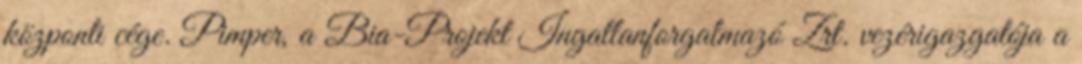
központi cége. Pimper, a Bia-Projekt Ingatlanforgalmazó Zrt. vezérigazgatója a